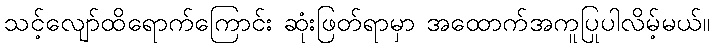
သင့်လျော်ထိရောက်ကြောင်း ဆုံးဖြတ်ရာမှာ အထောက်အကူပြုပါလိမ့်မယ်။